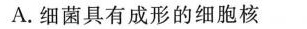
A.细菌具有成形的细胞核